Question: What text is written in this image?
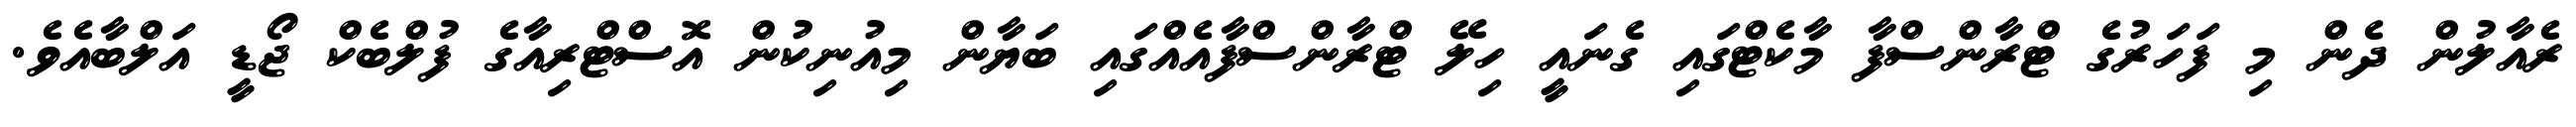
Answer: ރެއާލުން ދެން މި ފަހަރުގެ ޓްރާންސްފާ މާކެޓްގައި ގެނައީ ހިލޭ ޓްރާންސްފާއެއްގައި ބަޔާން މިއުނިކުން އޮސްޓްރިއާގެ ފުލްބެކް ޖޯޑީ އަލްބާއެވެ.